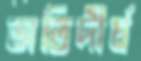
অতিদীর্ঘ